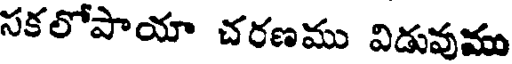
సకలోపాయా చరణము విడువుము